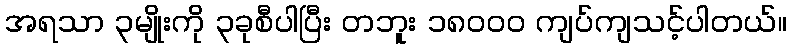
အရသာ ၃မျိုးကို ၃ခုစီပါပြီး တဘူး ၁၈၀၀၀ ကျပ်ကျသင့်ပါတယ်။